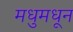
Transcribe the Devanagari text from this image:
मधुमधून